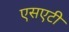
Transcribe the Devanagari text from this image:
एसएटी